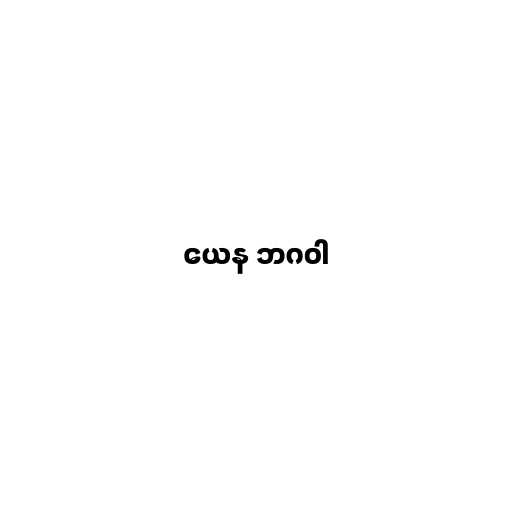
ယေန ဘဂဝါ